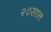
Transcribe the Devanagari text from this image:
२०साल